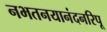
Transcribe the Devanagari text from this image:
नभतनयानंदनरिपू